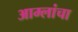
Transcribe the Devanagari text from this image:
आम्लांचा